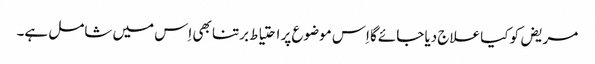
مریض کو کیا علاج دیا جائے‌گا اِس موضوع پر احتیاط برتنا بھی اِس میں شامل ہے۔